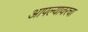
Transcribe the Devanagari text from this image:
आपल्यावरचा